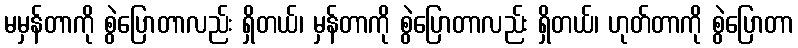
မမှန်တာကို စွဲပြောတာလည်း ရှိတယ်၊ မှန်တာကို စွဲပြောတာလည်း ရှိတယ်၊ ဟုတ်တာကို စွဲပြောတာ